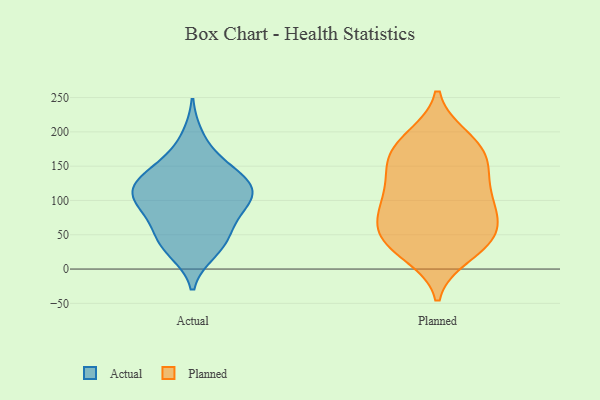
{"axis": {"x": "Shipments", "y": "Value"}, "legend": ["Actual", "Planned"], "data": [{"x": "", "y": 112, "type": "Actual"}, {"x": "", "y": 193, "type": "Actual"}, {"x": "", "y": 110, "type": "Actual"}, {"x": "", "y": 116, "type": "Actual"}, {"x": "", "y": 122, "type": "Actual"}, {"x": "", "y": 29, "type": "Actual"}, {"x": "", "y": 77, "type": "Actual"}, {"x": "", "y": 64, "type": "Actual"}, {"x": "", "y": 47, "type": "Actual"}, {"x": "", "y": 138, "type": "Actual"}, {"x": "", "y": 127, "type": "Actual"}, {"x": "", "y": 87, "type": "Actual"}, {"x": "", "y": 150, "type": "Actual"}, {"x": "", "y": 42, "type": "Actual"}, {"x": "", "y": 103, "type": "Actual"}, {"x": "", "y": 99, "type": "Actual"}, {"x": "", "y": 25, "type": "Actual"}, {"x": "", "y": 156, "type": "Actual"}, {"x": "", "y": 104, "type": "Planned"}, {"x": "", "y": 97, "type": "Planned"}, {"x": "", "y": 147, "type": "Planned"}, {"x": "", "y": 56, "type": "Planned"}, {"x": "", "y": 31, "type": "Planned"}, {"x": "", "y": 177, "type": "Planned"}, {"x": "", "y": 52, "type": "Planned"}, {"x": "", "y": 189, "type": "Planned"}, {"x": "", "y": 91, "type": "Planned"}, {"x": "", "y": 140, "type": "Planned"}, {"x": "", "y": 192, "type": "Planned"}, {"x": "", "y": 83, "type": "Planned"}, {"x": "", "y": 66, "type": "Planned"}, {"x": "", "y": 45, "type": "Planned"}, {"x": "", "y": 21, "type": "Planned"}, {"x": "", "y": 161, "type": "Planned"}, {"x": "", "y": 118, "type": "Planned"}, {"x": "", "y": 162, "type": "Planned"}, {"x": "", "y": 34, "type": "Planned"}]}